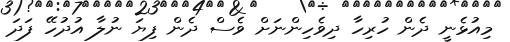
މިއުޅެނީ ދެން ހުރިހާ ދިވެހިންނަށް ވެސް ދެން ފިޔަ ނުލާ އުދުހޭ ފަދަ